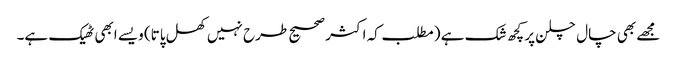
مجھے بھی چال چلن پر کچھ شک ہے (مطلب کہ اکثر صحیح طرح نہیں‌کھل پاتا) ویسے ابھی ٹھیک ہے۔